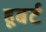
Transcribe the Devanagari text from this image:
हूबर्ट